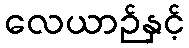
လေယာဉ်နှင့်